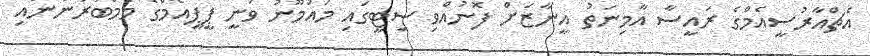
އެޗްއާރުސީއެމްގެ ރައީސާ އާމިނަތު އީނާޒަށް ފޮނުއްވި ސިޓީގައި މައުމޫނު ވަނީ ޕީޕީއެމްގެ މެމްބަރުންނާއި